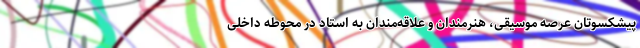
پیشکسوتان عرصه موسیقی، هنرمندان و علاقه‌مندان به استاد در محوطه داخلی